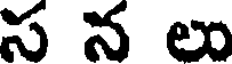
స న లు